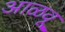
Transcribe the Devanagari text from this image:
आळवू